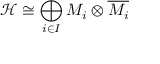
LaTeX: { \mathcal { H } } \cong \bigoplus _ { i \in I } M _ { i } \otimes { \overline { { M _ { i } } } }